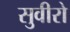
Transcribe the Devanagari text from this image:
सुवीरो